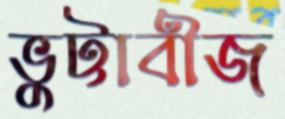
ভুট্টাবীজ